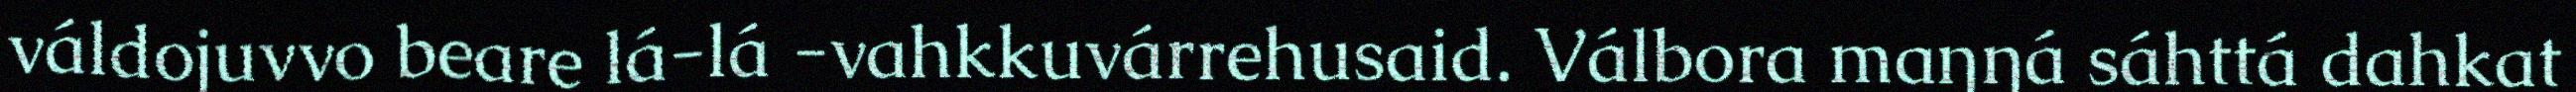
váldojuvvo beare lá-lá -vahkkuvárrehusaid. Válbora maŋŋá sáhttá dahkat